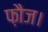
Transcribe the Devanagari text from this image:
फ़ौज।